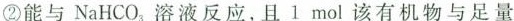
②能与NaHCO_{3}溶液反应，且1mol该有机物与足量